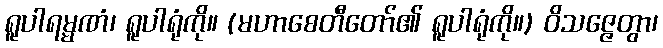
ရူပါရမ္မဏံ၊ ရူပါရုံကို။ (မဟာစေတီတော်၏ ရူပါရုံကို။) ဝိသဇ္ဇေတွာ၊